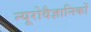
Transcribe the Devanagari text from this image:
न्यूरोवैज्ञानिकों